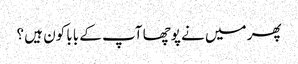
پھر میں نے پوچھا آپ کے بابا کون ہیں ؟